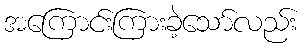
အကြောင်းကြားခဲ့သော်လည်း